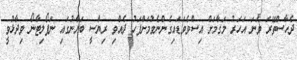
ދެހާސްތޭރަ ވަނަ އަހަރު މަގާމަށް އިސްވެވަޑައިގެންނެވުމަށްފަހު ދެއްވި ރިޔާސީ ބަޔާނުގައި ނަޕޯލިޓާނޯ ވިދާޅުވީ